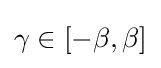
\textstyle \gamma \in [-\beta ,\beta ]